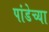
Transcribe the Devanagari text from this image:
पांडेच्या